Report on horse surra - Volume I
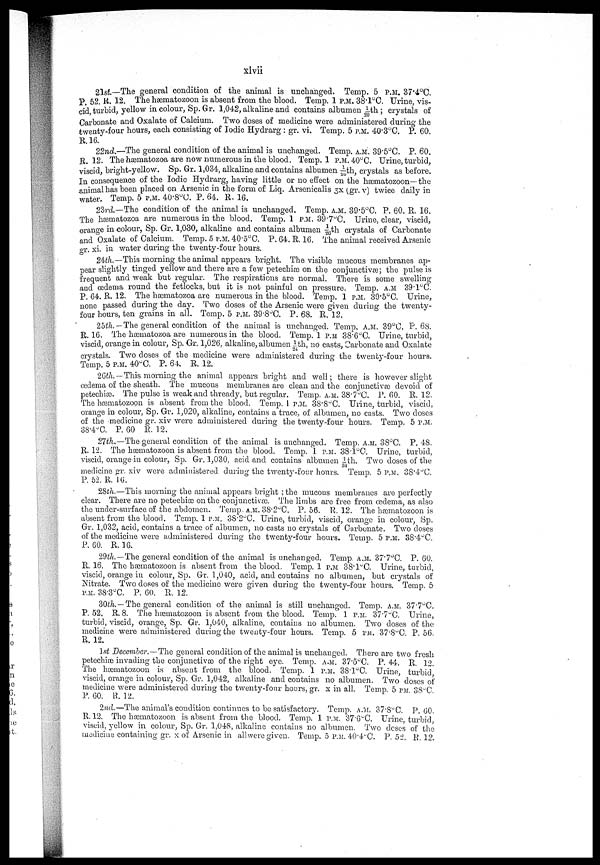
xivii
2lst.—The general condition of the animal is unchanged. Temp. 5 P.M. 37.4°C.
P. 52. K. 12. The hæmatozoon is absent from the blood. Temp. 1 P.M. 38.1C. Urine, vis-
cid turbid, yellow in colour, Sp. Gr. 1,042, alkaline and contains albumen 1/20th; crystals of
Carbonate and Oxalate of Calcium. Two doses of medicine were administered during the
twenty-four hours, each consisting of Iodic Hydrarg : gr. vi. Temp. 5 P.M. 40.3°C. P. 60,
R.16.
22nd.—The general condition of the animal is unchanged. Temp. A.M. 39.5°C. P. 60.
R. 12. The hæmatozoa are now numerous in the blood. Temp. 1 P.M. 40°C. Urine, turbid,
viscid, bright-yellow. Sp. Gr. 1,034, alkaline and contains albumen 1/20th, crystals as before.
Inconsequence of the Iodic Hydrarg, having little or no effect on the hæmatozoon— the
animal has been placed on Arsenic in the form of Liq. Arsenicalis 3X (gr. v) twice daily in
water. Temp. 5 P.M. 40.8°C. P. 64. R. 16.
23rd—The condition of the animal is unchanged. Temp. A.M. 39.5°C. P. 60. R. 16.
The hæmatozoa are numerous in the blood. Temp. 1 P.M. 39.7°C. Urine, clear, viscid,
orange in colour, Sp. Gr. 1,030, alkaline and contains albumen 1/26th crystals of Carbonate
and Oxalate of Calcium. Temp. 5 P.M. 40.5°C. P. 64. R.16. The animal received Arsenic
gr. xi- in water during the twenty-four hours.
24th.~~This morning the animal appears bright. The visible mucous membranes ap-
pear slightly tinged yellow and there are a few petechiæ on the conjunctivæ; the pulse is
frequent and weak but regular. The respirations are normal. There is some swelling
and oedema round the fetlocks, but it is not painful on pressure. Temp, A.M. 39.1°C.
p. 64. R. 12. The hæmatozoa are numerous in the blood. Temp. 1 P.M. 39.5°C. Urine,
none passed during the day. Two doses of the Arsenic were given during the twenty-
four hours, ten grains in all. Temp. 5 P.M. 39.8°C. P. 68. R. 12.
25th.— The general condition of the animal is unchanged. Temp, A.M. 39°C. P. 68,
R. 16. The hæmatozoa are numerous in the blood. Temp. 1 P.M. 38.6°C. Urine, turbid,
viscid, orange in colour, Sp. Gr. 1,026. alkaline, albumen 1/24th, no casts, Carbonate and Oxalate
crystals. Two doses of the medicine were administered during the twenty-four hours.
Temp. 5 P.M. 40°C. P. 64. R. 12.
26th.-This morning the animal appears bright and well; there is however slight
oedema of the sheath. The mucous membranes are clean and the conjunctivæ devoid of
petechiæ. The pulse is weak and thready, but regular. Temp. A.M. 38. 7°C. P. 60. R. 12.
The hæmatozoon is absent from the blood. Temp. 1 P.M. 38.8°C. Urine, turbid, viscid,
orange in colour, Sp. Gr. 1,020, alkaline, contains a trace, of albumen, no casts. Two doses
of the medicine gr. xiv were administered during the twenty-four hours. Temp. 5 P.M.
38.4°C. P. 60 E. 12.
27th.—The general condition of the animal is unchanged. Temp. A.M. 88°C. P. 48.
R. 12. The hæmatozoon is absent from the blood. Temp. 1 P.M. 38T°C. Urine, turbid,
viscid, orange-in colour, Sp. Gr. 1,030, acid and contains albumen 1/34th. Two doses of the
medicine gr. xiv were administered during the twenty-four hours. Temp. 5 P.M. 38.4 °C
P. 52. R. 16.
28th.—This morning the animal appears bright ; the mucous membranes are perfectly
clear. There are no petechiæ on the conjunctivas. The limbs are free from oedema, as also
the under-surface of the abdomen. Temp. A.M. 38.2°C. P. 56. R. 12. The hæmatozoon is
absent from the blood. Temp. 1 P.M. 38.2°C. Urine, turbid, viscid, orange in colour, Sp.
Gr. 1,032, acid, contains a trace of albumen, no casts no crystals of Carbonate. Two closes
of the medicine were administered during the twenty-four hours. Temp. 5 P.M. 38.4°C,
P. 60. R.16.
29th.—The general condition of the animal is unchanged. Temp. A.M. 37.7°C. P. 60.
R. 16. The hæmatozoon is absent from the blood. Temp. 1 P.M. 38.1°C. Urine, turbid,
viscid, orange in colour, Sp.. Gr. 1,040, acid, and contains no albumen, but crystals of
Nitrate. Two doses of the medicine were given during the twenty-four hours. Temp. 5
P.M. 38.3°C. P. 60. R. 12.
30th.— The general condition of the animal is still unchanged. Temp. A.M. 37.7°C.
P. 52. R. 8. The hæmatozoon is absent from the blood. Temp. 1 P.M. 37.7°C. Urine,
turbid, viscid, orange, Sp. Gr. 1,040, alkaline, contains no albumen. Two doses of the
medicine were administered during the twenty-four hours. Temp. 5 P.M. 37.8°C. P. 56.
R. 12.
1st December.—The general condition of the animal is unchanged. There are two fresh
petechias invading the conjunctivas of the right eye. Temp. A.M. 37.5°C. P. 44. R. 12.
The hæmatozoon is absent from the blood. Temp. 1 P.M. 38.1°C. Urine, turbid
viscid, orange in colour, Sp. Gr. 1,04-2, alkaline and contains no albumen. Two closes of
medicine were administered during the twenty-four hours, gr. x in all. Temp. 5 P.M. 38°C
P. 60. R. 12.
2nd.—The animal's condition continues to be satisfactory. Temp. A.M. 37.8°C. P. CO.
R.12. The hæmatozoon is absent from the blood. Temp. 1 P.M. 37.6°C. Urine, turbid,
viscid, yellow in colour, Sp. Gr. 1,048, alkaline contains no albumen. Two doses of the
medicine containing gr. x of Arsenic in all were given. Temp. 5 P.M. 40.4°C. P. 52. R. 12.